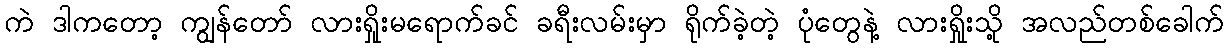
ကဲ ဒါကတော့ ကျွန်တော် လားရှိုးမရောက်ခင် ခရီးလမ်းမှာ ရိုက်ခဲ့တဲ့ ပုံတွေနဲ့ လားရှိုးသို့ အလည်တစ်ခေါက်